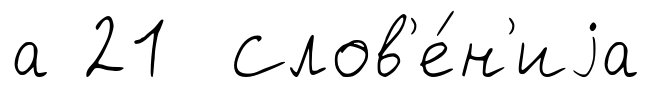
а 21 Слов'е́н'иjа